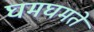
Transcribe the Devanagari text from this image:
घमघमते